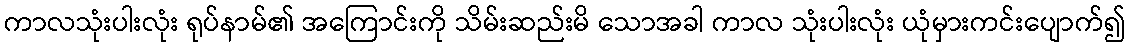
ကာလသုံးပါးလုံး ရုပ်နာမ်၏ အကြောင်းကို သိမ်းဆည်းမိ သောအခါ ကာလ သုံးပါးလုံး ယုံမှားကင်းပျောက်၍